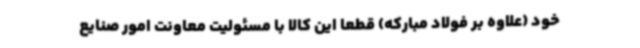
خود (علاوه بر فولاد مبارکه) قطعا این کالا با مسئولیت معاونت امور صنایع